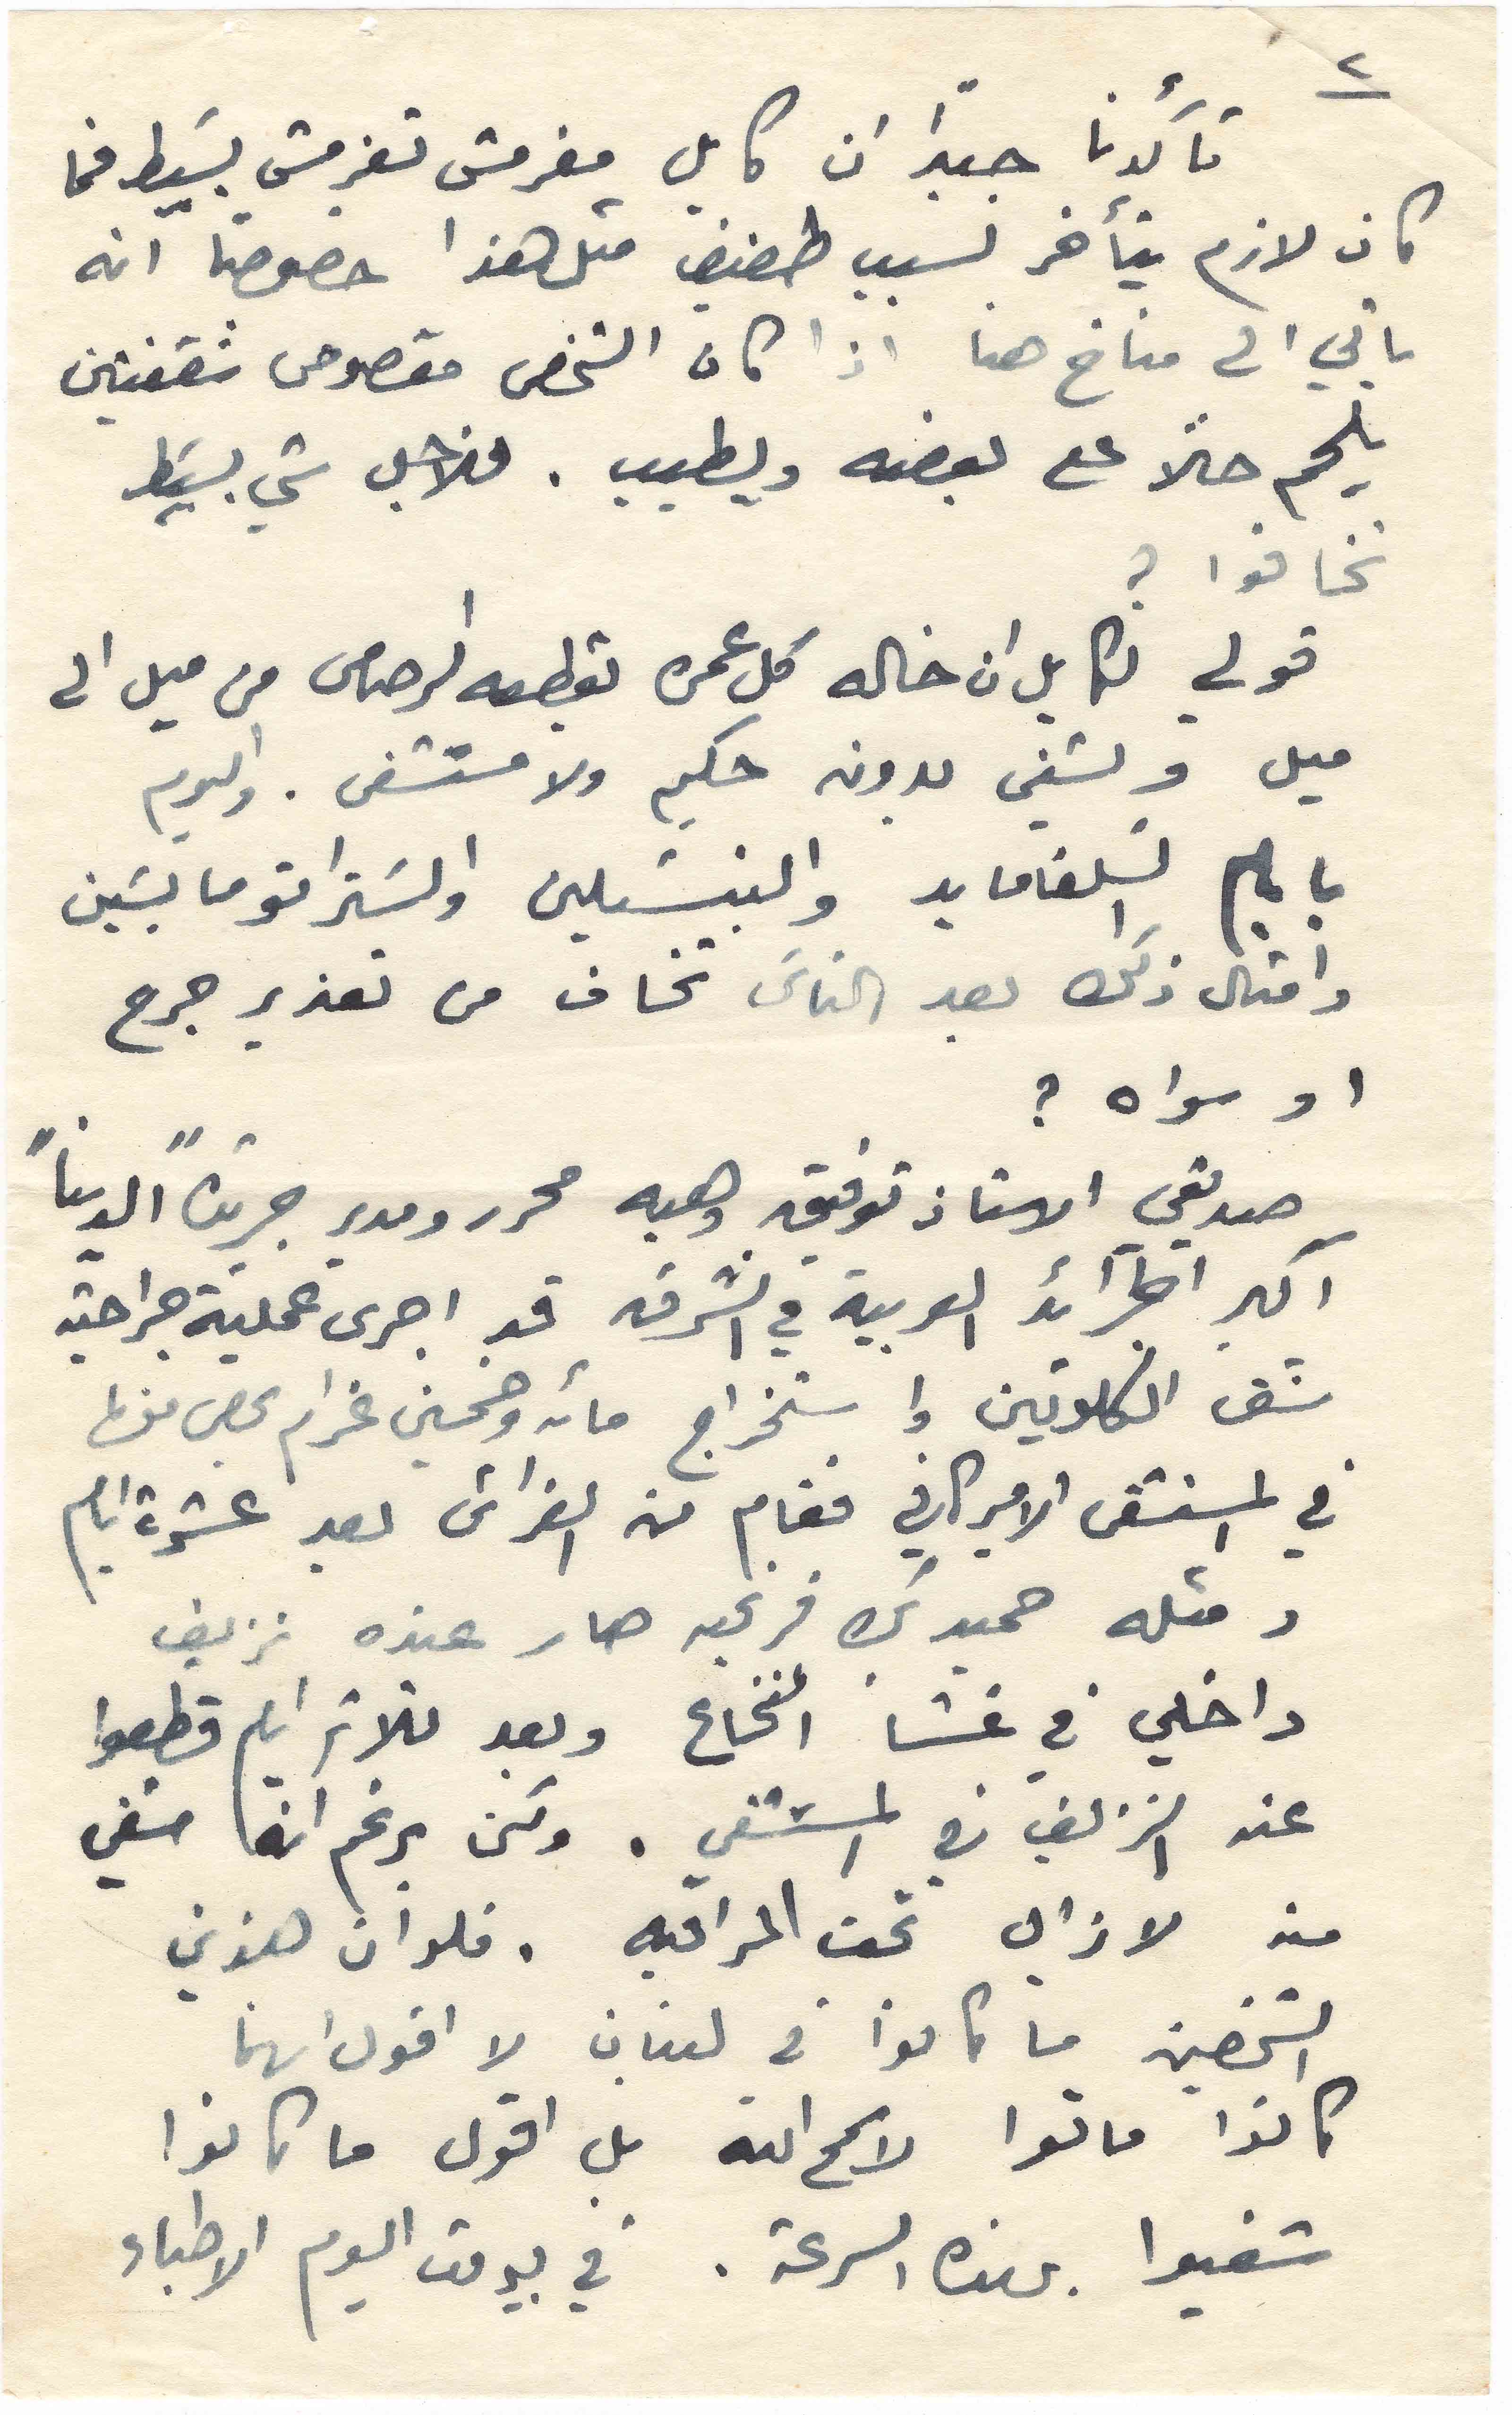
٢ تأكدنا جيداً ان كايل مغرمش تغرمش بَسيط فما
كان لازم يتأخر لسبب طفيف متل هذا خصوصاً انه
ياتي الى مناخ هنا اذا كان الشخص مقصوص شقفتين
يلحم حلاً على بعضه ويطيب. فلاجل شي بَسيط
تخافوا؟
قولي لكايل ان خاله كل عمره يقطعه الرصاص من ميل الى
ميل ويشفي بدون حكيم ولا مستشفى. واليوم
بايام السلفامايد والبنسيلين والستراتومابسين
وامثال ذلك بعد الناس تخاف من تعذير جرح
او سواه؟
صديقي الاستاذ توفيق وهبه محرر ومدير جريدة "الدنيا"
اكبر الجرائد العربية في الشرق قد اجرى عملية جراحية
شق الكلوتين واستخراج مائة وخمسين غرام بحص منها
في المستشفى الاميركاني فقام من الفراش بعد عشرة ايام
ومثله حميد بك فرنجيه صار عنده نزيف
داخلي في غشا النخاع وبعد ثلاثة ايام قطعوا
عنه النزيف في المستشفى. ولكن برغم انّه شفي
منه لا زال تحت المراقبه. فلو ان هذين
الشخصين ما كانوا في لبنان لا اقول انهما
كانوا ماتوا لا سمح الله بل اقول ما كانوا
شفيوا بهذه السرعة. في بيروت اليوم الاطباء